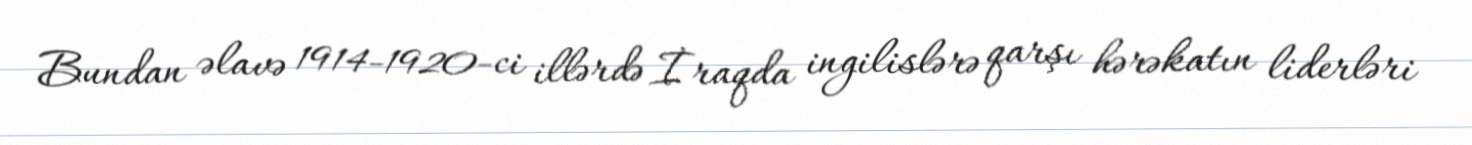
Bundan əlavə 1914-1920-ci illərdə İraqda ingilislərə qarşı hərəkatın liderləri